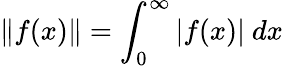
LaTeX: \| f(x)\| =\int_{0}^{\infty}|f(x)|~dx